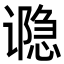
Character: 𮙊